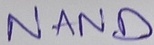
Text: NAND